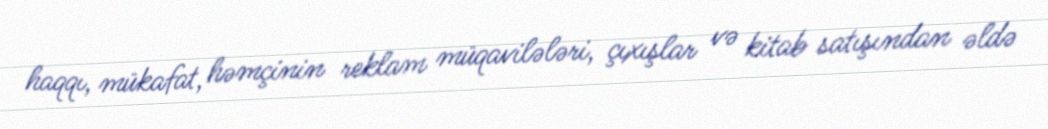
haqqı, mükafat, həmçinin reklam müqavilələri, çıxışlar və kitab satışından əldə